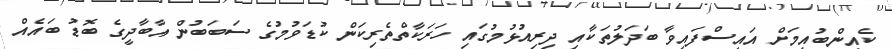
ކެއިންބުއިމަށް އައިސްފައިވާ ބަދަލުތަކާއި ދިރިއުޅުމުގައި ހަރަކާތްތެރިކަން ކުޑަވުމުގެ ސަބަބުން އާބާދީގެ ބޮޑު ބައެއް